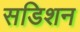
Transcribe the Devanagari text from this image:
सडिशन